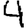
Digit: 4